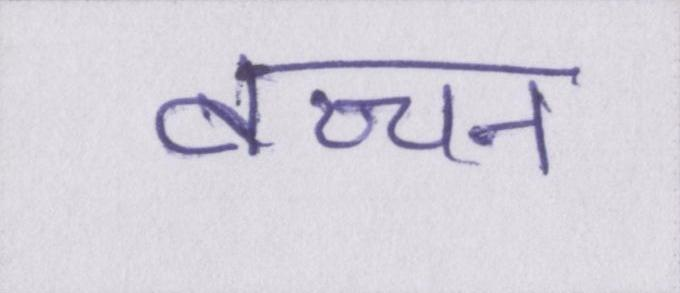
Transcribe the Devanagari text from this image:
बच्चन